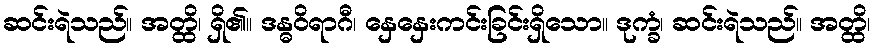
ဆင်းရဲသည်။ အတ္ထိ၊ ရှိ၏။ ဒန္ဓဝိရာဂီ၊ နှေနှေးကင်းခြင်းရှိသော။ ဒုက္ခံ၊ ဆင်းရဲသည်။ အတ္ထိ၊